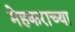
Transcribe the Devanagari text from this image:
मेहकराच्या